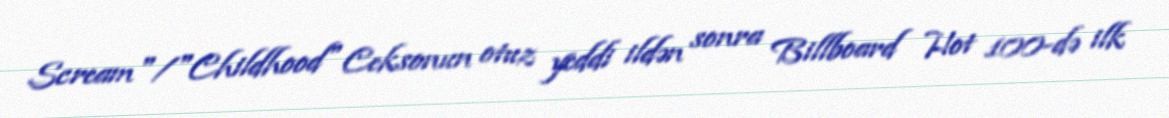
Scream"/"Childhood" Ceksonun otuz yeddi ildən sonra Billboard Hot 100-də ilk